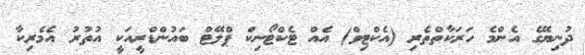
ދުނިޔޭގެ އެންމެ ހަރަކާތްތެރި (އެކްޓިވް) އެއް ޓެކްޓޯނިކް ޕްލޭޓް ބައުންޑްރީއަކީ އުތުރު އެމެރިކާ